Civil Veterinary Dept. North-West Frontier Province 1901-22 - 1901-1922
Year: 1901
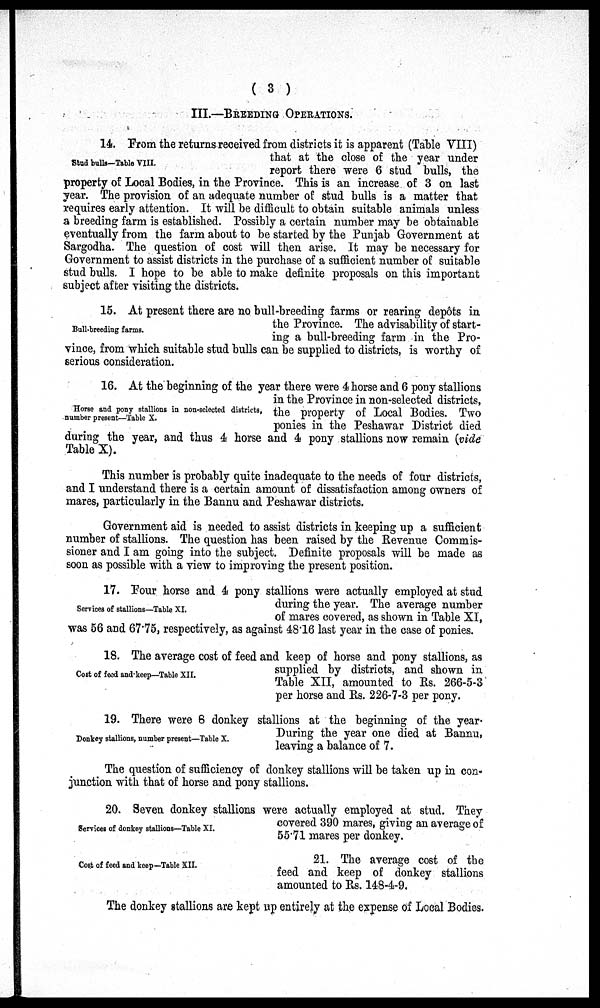
(3)
III.—BREEDING OPERATIONS.
Stud bulls-Table VIII.
14. From the returns received from districts it is apparent (Table VIII)
that at the close of the year under
report there were 6 stud bulls, the
property of Local Bodies, in the Province. This is an increase of 3 on last
year. The provision of an adequate number of stud bulls is a matter that
requires early attention. It will be difficult to obtain suitable animals unless
a breeding farm is established. Possibly a certain number may be obtainable
eventually from the farm about to be started by the Punjab Government at
Sargodha. The question of cost will then arise. It may be necessary for
Government to assist districts in the purchase of a sufficient number of suitable
stud bulls. I hope to be able to make definite proposals on this important
subject after visiting the districts.
Bull-breeding farms.
15. At present there are no bull-breeding farms or rearing depôts in
the Province. The advisability of start-
ing a bull-breeding farm in the Pro-
vince, from which suitable stud bulls can be supplied to districts, is worthy of
serious consideration.
Horse and pony stallions in non-selected districts,
number present—Table X.
16. At the beginning of the year there were 4 horse and 6 pony stallions
in the Province in non-selected districts,
the property of Local Bodies. Two
ponies in the Peshawar District died
during the year, and thus 4 horse and 4 pony stallions now remain (vide
Table X).
This number is probably quite inadequate to the needs of four districts,
and I understand there is a certain amount of dissatisfaction among owners of
mares, particularly in the Bannu and Peshawar districts.
Government aid is needed to assist districts in keeping up a sufficient
number of stallions. The question has been raised by the Revenue Commis-
sioner and I am going into the subject. Definite proposals will be made as
soon as possible with a view to improving the present position.
Services of stallions—Table XI.
17. Four horse and 4 pony stallions were actually employed at stud
during the year. The average number
of mares covered, as shown in Table XI,
was 56 and 67.5, respectively, as against 48.16 last year in the case of ponies.
Cost of feed and keep—Table XII.
18. The average cost of feed and keep of horse and pony stallions, as
supplied by districts, and shown in
Table XII, amounted to Rs. 266-5-3
per horse and Rs. 226-7-3 per pony.
Donkey stallions, number present—Table X.
19. There were 6 donkey stallions at the beginning of the year.
During the year one died at Bannu,
leaving a balance of 7.
The question of sufficiency of donkey stallions will be taken up in con-
junction with that of horse and pony stallions.
Services of donkey stallions—Table XI.
20. Seven donkey stallions were actually employed at stud. They
covered 390 mares, giving an average of
55.71 mares per donkey.
Cost of feed and keep—Table XII.
21. The average cost of the
feed and keep of donkey stallions
amounted to Rs. 148-4-9.
The donkey stallions are kept up entirely at the expense of Local Bodies.